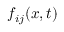
f _ { i j } ( x , t )